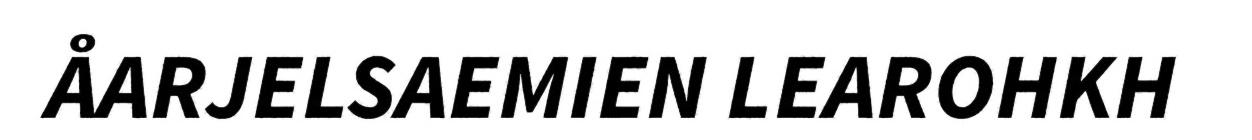
ÅARJELSAEMIEN LEAROHKH